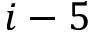
i - 5